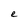
Character: e